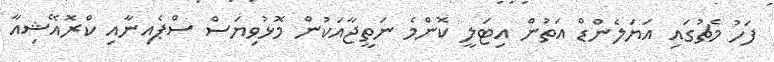
ފަހު މެޗުގައި އަޔަލެންޑް އަތުން އިޓަލީ ކޮންމެ ނަތީޖާއަކުން މޮޅުވިޔަސް ސްޕެއިނާއި ކްރޮއޭޝިއާ